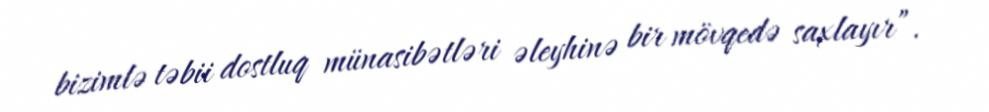
bizimlə təbii dostluq münasibətləri əleyhinə bir mövqedə saxlayır”.